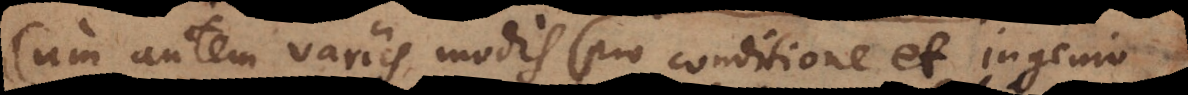
Cum autem variis modis pro conditione et ingenio